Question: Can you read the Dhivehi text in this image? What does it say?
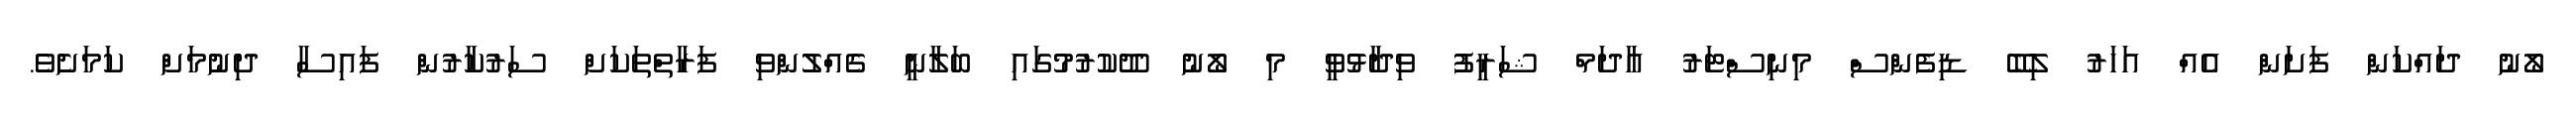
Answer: ލޯނު ދައްކަން ފަށަން އެއް އަހަރު ލިބޭ ޑިފެންސް މިނިސްޓަރު އާދަމް ޝަރީފު ވިދާޅުވީ މި ލޯނު ދޫކުރުމުގައި ބަލާނީ ގެއްލުންވި ފަރާތްތަކަށް ސަރުކާރުން ފައިސާ ދިނުމަށް ކަމަށެވެ.